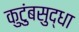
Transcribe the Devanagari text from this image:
कुटुंबसुद्धा